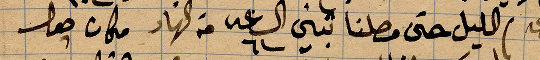
الليل حتى وصلنا تبني الساعة ٦ من النهار مكان حول